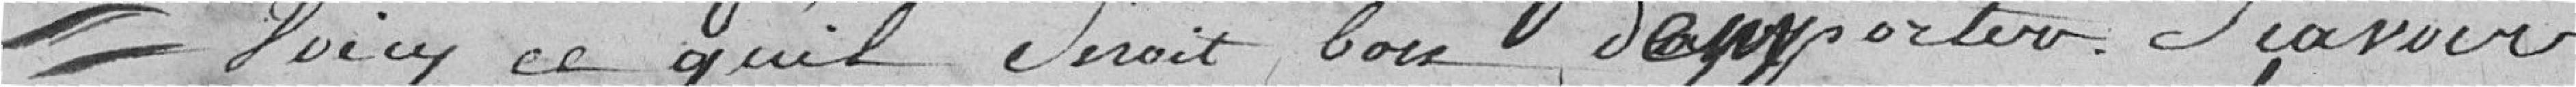
"voici ce qu'il serait bon d'apporter: savoir